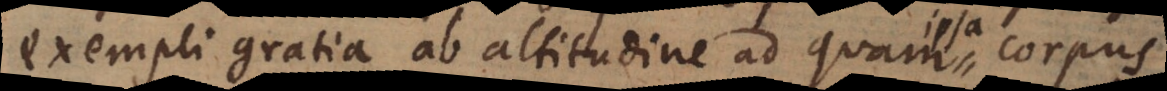
exempli gratia ab altitudine ad quam corpus